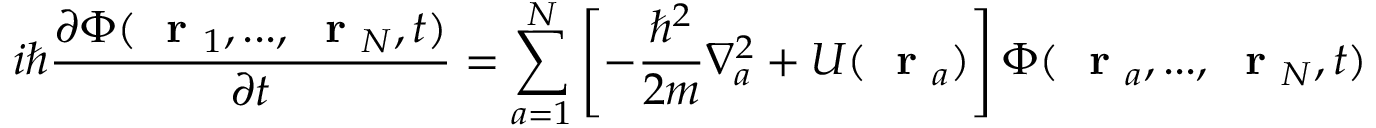
i \hbar \frac { \partial \Phi ( \mathrm { ~ \bf ~ r ~ } _ { 1 } , . . . , \mathrm { ~ \bf ~ r ~ } _ { N } , t ) } { \partial t } = \sum _ { a = 1 } ^ { N } \left[ - \frac { \hbar ^ { 2 } } { 2 m } \nabla _ { a } ^ { 2 } + U ( \mathrm { ~ \bf ~ r ~ } _ { a } ) \right] \Phi ( \mathrm { ~ \bf ~ r ~ } _ { a } , . . . , \mathrm { ~ \bf ~ r ~ } _ { N } , t )